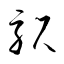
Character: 駅